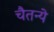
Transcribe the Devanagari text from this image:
चैतन्ये